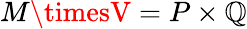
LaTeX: M\timesV=P\times\mathbb{Q}